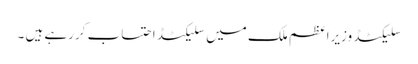
سلیکٹڈ وزیراعظم ملک میں سلیکٹڈ احتساب کررہے ہیں ۔